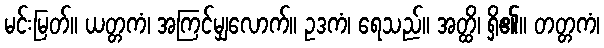
မင်းမြတ်။ ယတ္တကံ၊ အကြင်မျှလောက်။ ဥဒကံ၊ ရေသည်။ အတ္ထိ၊ ရှိ၏။ တတ္တကံ၊